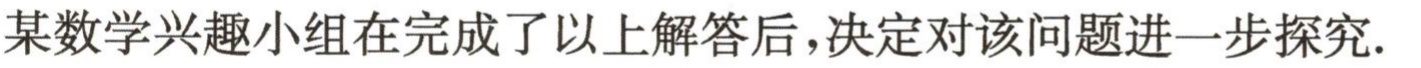
某数学兴趣小组在完成了以上解答后，决定对该问题进一步探究.